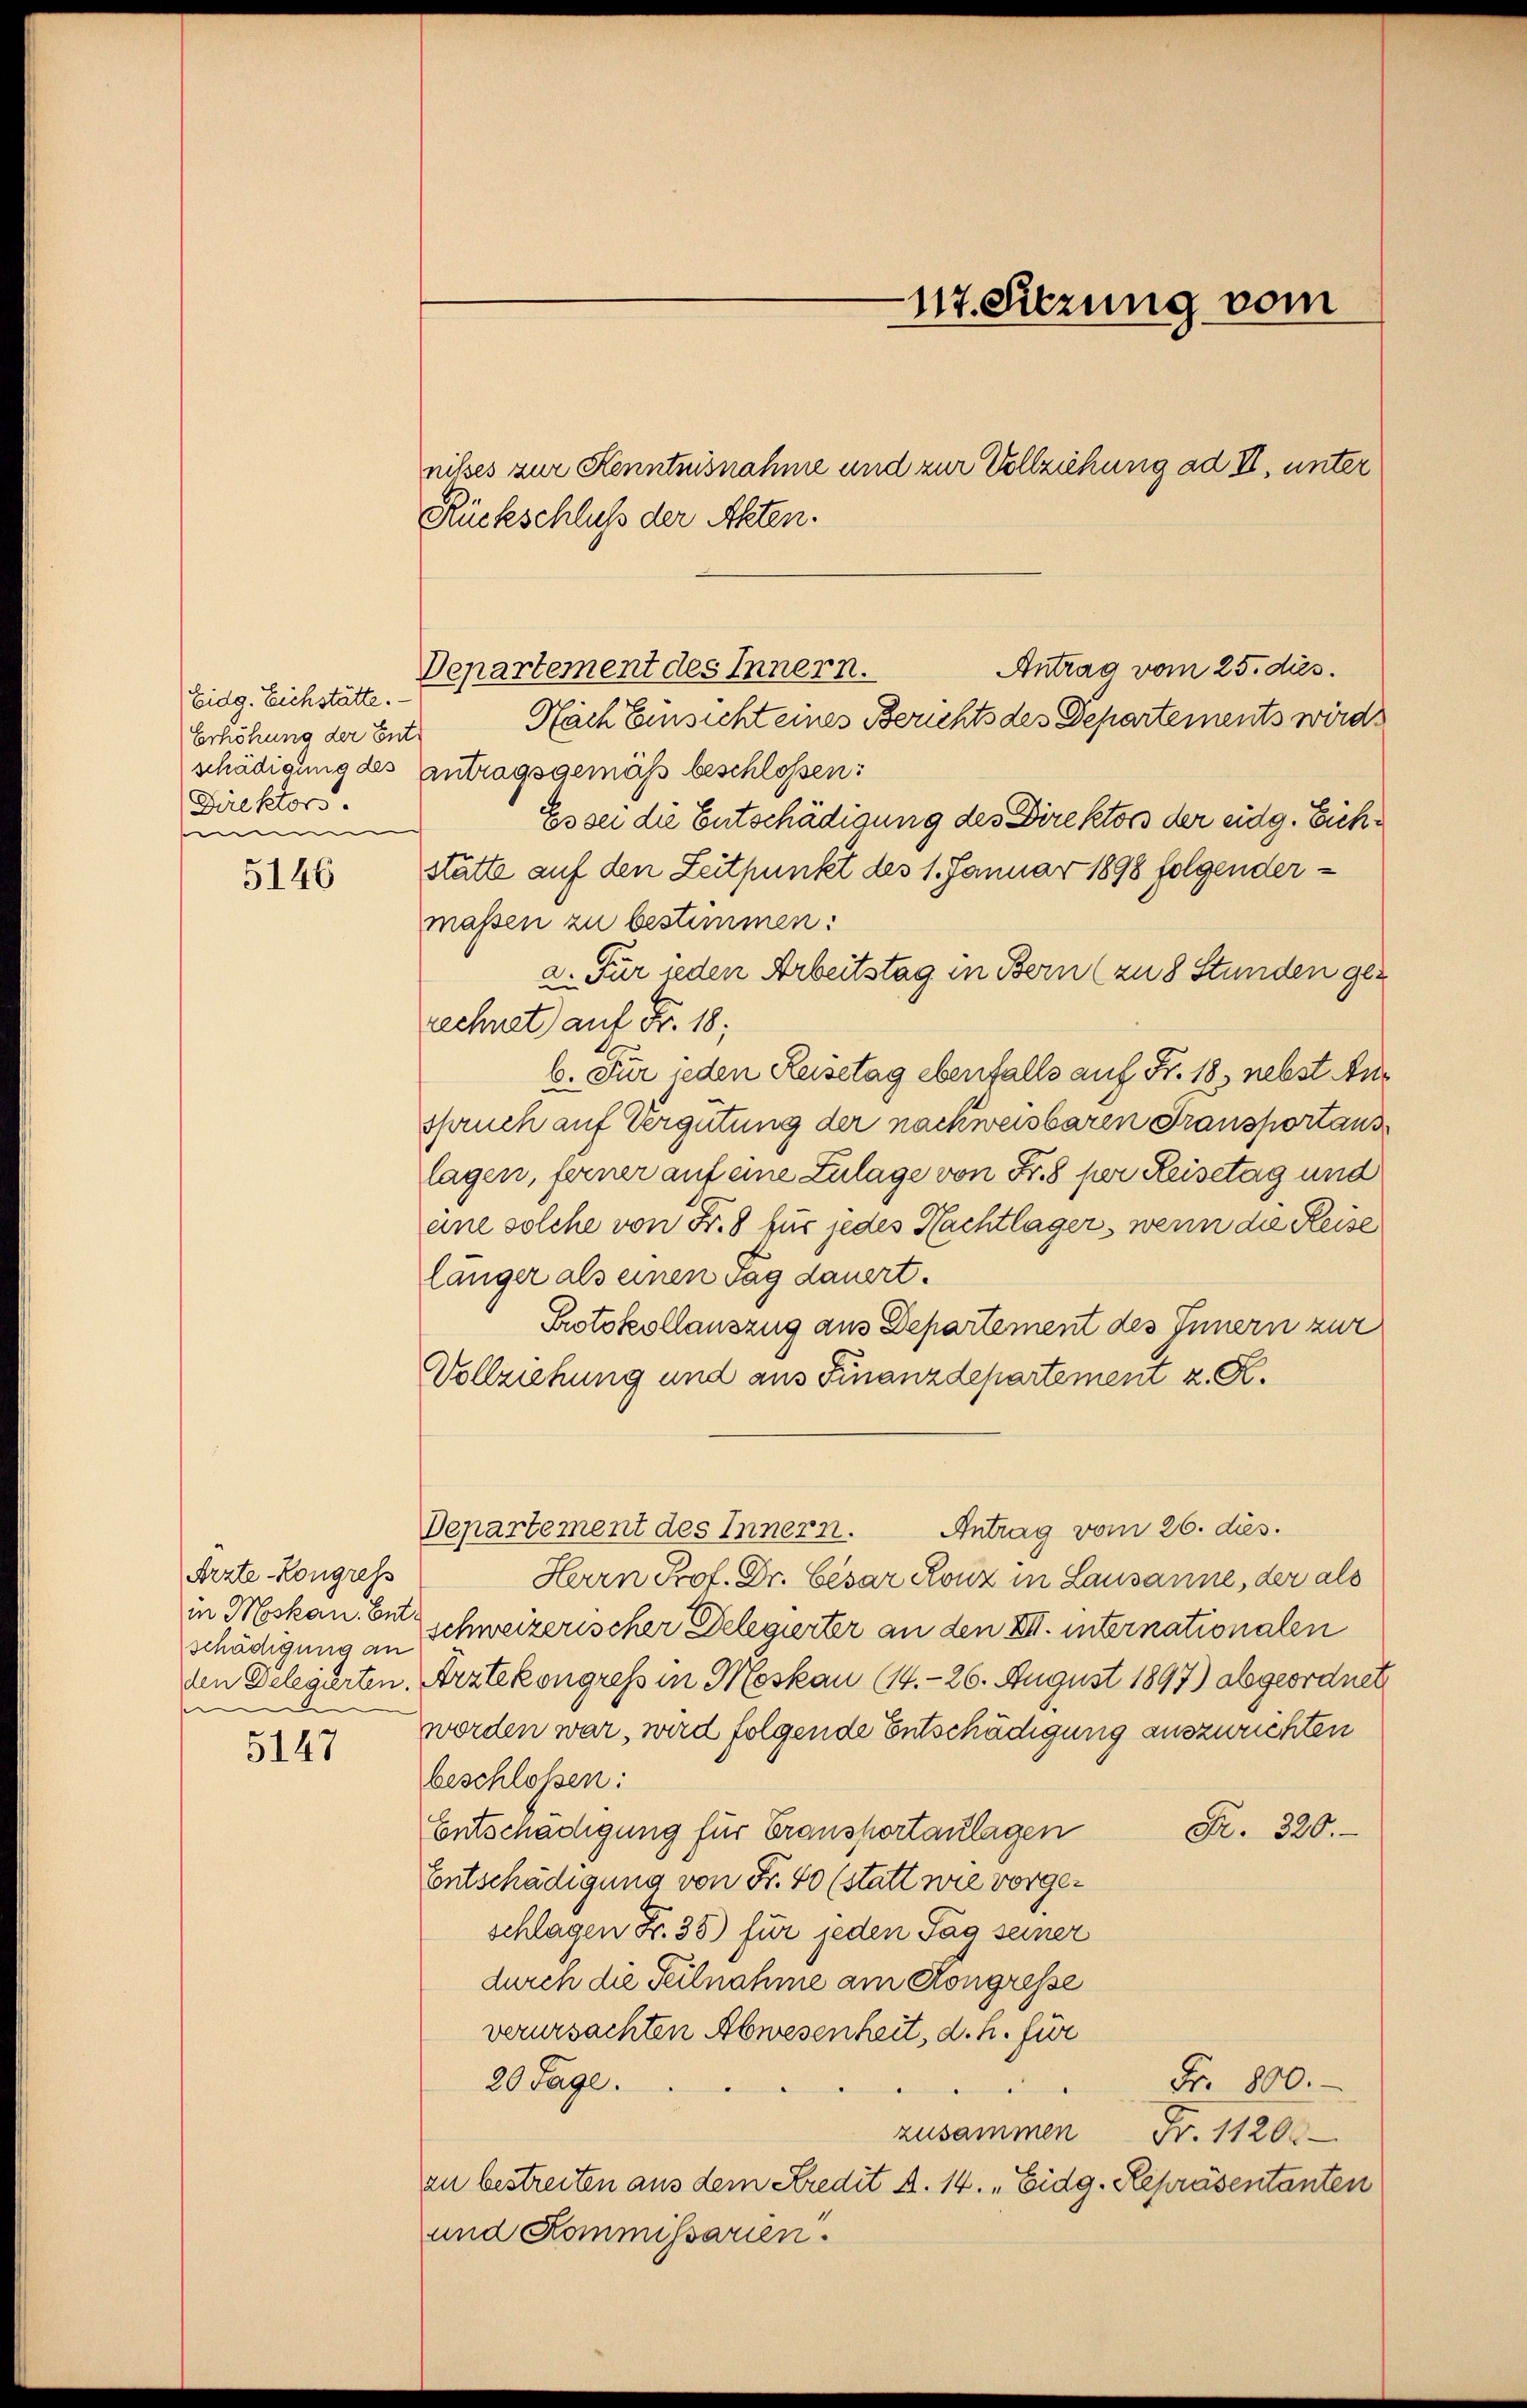
Eidg. Eichstätte.
Erhöhung der Entschädigung des
Direktors
mi

5146

Arzte-Kongress
schädigung an
den Delegirten.
f

5147

Departement des Innern.

117. Sitzung vom

Rückschluss der Akten.
Antrag vom 25. dies.
Nach Einsicht eines Berichts des Departements wird
antragsgemäß beschlossen:
Es sei die Entschädigung des Direktors der eidg. Eichstätte auf den Zeitpunkt des 1. Januar 1898 folgendermassen zu bestimmen:
a. Für jeden Arbeitstag in Bern (zu 8 Stunden gez
rechnet auf Fr. 18;
b. Für jeden Reisetag ebenfalls auf Fr. 18, nebst Anspruch auf Vergütung der nachweisbaren Transportaus
lagen, ferner auf eine Zulage von Fr. 8 per Reisetag und
eine solche von Fr. 8 für jedes Nachtlager, wenn die Reise
länger als einen Tag dauert.
Protokollauszug aus Departement des Innern zur
Vollziehung und aus Finanzdepartement z. R.
Departement des Innern. Antrag vom 26. dies.
Herrn Prof. Dr. Cesar Rouz in Lausanne, der als
in Mskan. Entschweizerischer Delegierter an den XIII. internationalen
Arztekongress in Moskau (14.- 26. August 1897) abgeordnet
worden war, wird folgende Entschädigung auszurichten
beschloßen:
Pr. 320.
Entschädigung für Transhortanlagen
Entschädigung von Fr. 40 (statt wie vorgeschlagen Fr. 38) für jeden Tag seiner
durch die Teilnahme am Kongresse
verursachten Abwesenheit, d. h. für
20 Tage.
Fr. 800.
g
zusammen Fr. 1120.
zu bestreiten aus dem Kredit A. 14. „Eidg. Repräsentanten
und Kommissarien.

nißes zur Kenntnisnahme und zur Vollziehung ad II, unter